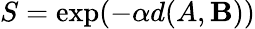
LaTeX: S=\exp(-\alpha{d(A,\mathbf{B})})